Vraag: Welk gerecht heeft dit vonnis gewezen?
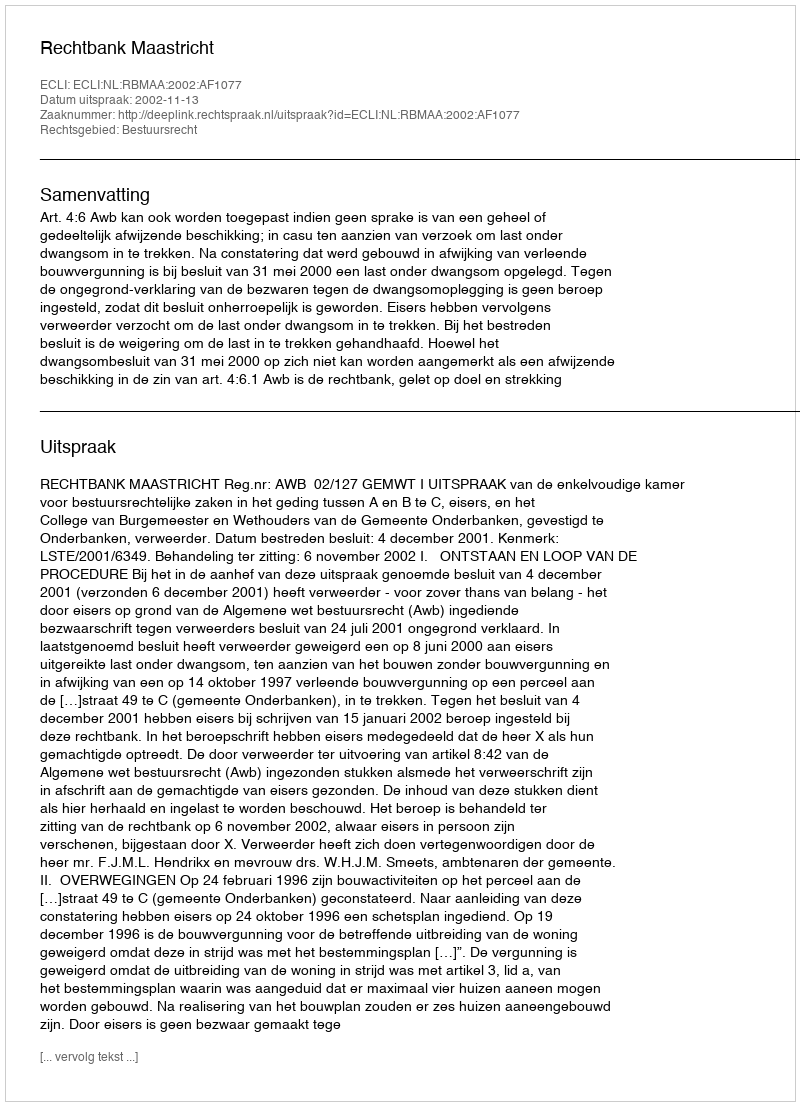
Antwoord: Rechtbank Maastricht